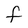
Character: f